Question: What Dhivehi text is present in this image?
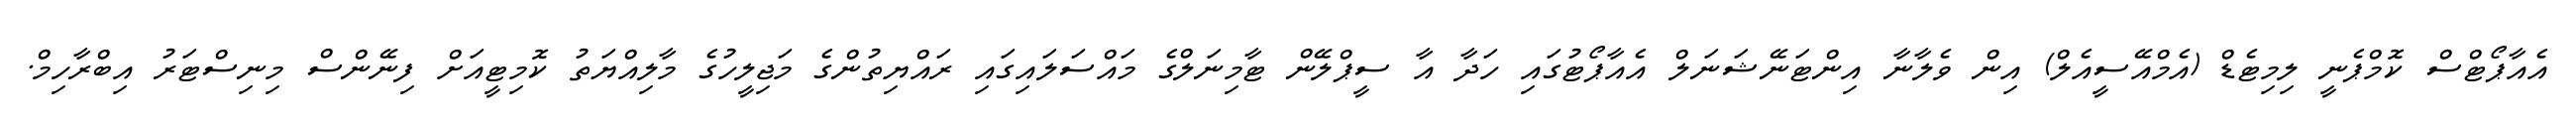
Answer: އެއާޕޯޓްސް ކޮމްޕެނީ ލިމިޓެޑް (އެމްއޭސީއެލް) އިން ވެލާނާ އިންޓަނޭޝަނަލް އެއާޕޯޓުގައި ހަދާ އާ ސީޕްލޭން ޓާމިނަލްގެ މައްސަލައިގައި ރައްޔިތުންގެ މަޖިލީހުގެ މާލިއްޔަތު ކޮމިޓީއަށް ފިނޭންސް މިނިސްޓަރު އިބްރާހިމް.